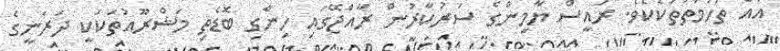
އެއް ތުހުމަތުތަކެކެވެ. ރައީސް ޔާމީންގެ ސަރުކާރުން ރާއްޖޭގައި ހިންގި ބޮޑެތި މަޝްރޫއުތަކަކީ ދަރަނީގެ